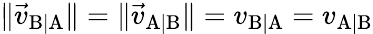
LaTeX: \| {\vec{v}}_{\mathrm{B|A}}\| =\| {\vec{v}}_{\mathrm{A|B}}\| =v_{\mathrm{B|A}}=v_{\mathrm{A|B}}